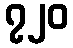
၇၂၀